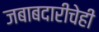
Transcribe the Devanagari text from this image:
जबाबदारीचेही